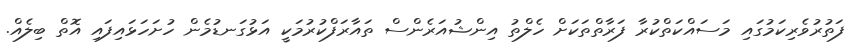
ފަތުރުވެރިކަމުގައި މަސައްކަތްކުރާ ފަރާތްތަކަށް ހެލްތު އިންޝުއަރެންސް ތައާރަފްކުރުމަކީ އަޅުގަނޑުމެން ހުށަހަޅައިފައި އޮތް ބިލެއް.